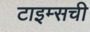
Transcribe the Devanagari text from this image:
टाइम्सची